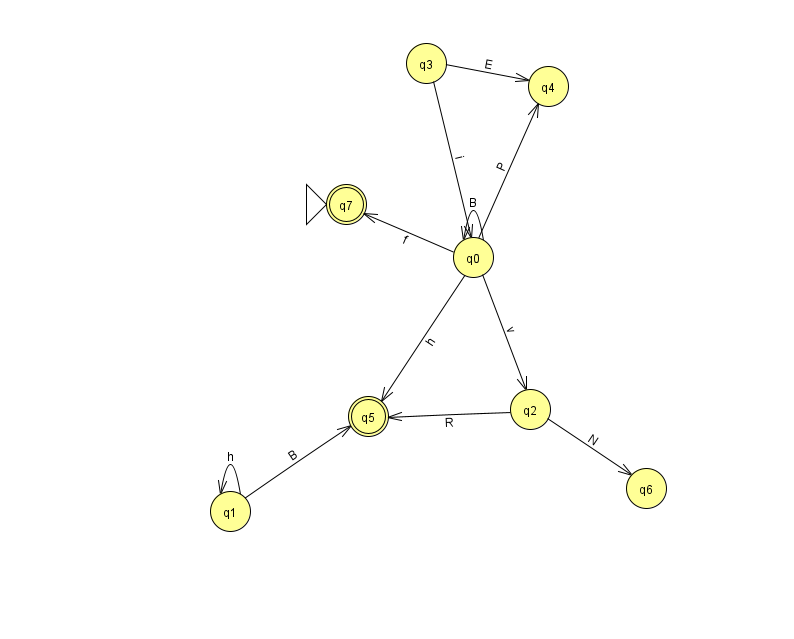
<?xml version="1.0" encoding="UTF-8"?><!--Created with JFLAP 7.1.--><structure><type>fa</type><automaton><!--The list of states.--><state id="0" name="q0"><x>473.0</x><y>244.0</y></state><state id="1" name="q1"><x>230.0</x><y>498.0</y></state><state id="2" name="q2"><x>530.0</x><y>396.0</y></state><state id="3" name="q3"><x>426.0</x><y>50.0</y></state><state id="4" name="q4"><x>548.0</x><y>73.0</y></state><state id="5" name="q5"><x>368.0</x><y>403.0</y><final/></state><state id="6" name="q6"><x>646.0</x><y>475.0</y></state><state id="7" name="q7"><x>346.0</x><y>191.0</y><initial/><final/></state><!--The list of transitions.--><transition><from>0</from><to>7</to><read>f</read></transition><transition><from>0</from><to>0</to><read>B</read></transition><transition><from>3</from><to>4</to><read>E</read></transition><transition><from>0</from><to>2</to><read>v</read></transition><transition><from>2</from><to>6</to><read>N</read></transition><transition><from>0</from><to>5</to><read>h</read></transition><transition><from>0</from><to>4</to><read>P</read></transition><transition><from>1</from><to>1</to><read>h</read></transition><transition><from>3</from><to>0</to><read>i</read></transition><transition><from>1</from><to>5</to><read>B</read></transition><transition><from>2</from><to>5</to><read>R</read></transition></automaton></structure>